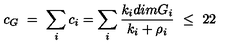
c _ { G } \ = \ \sum _ { i } c _ { i } = \sum _ { i } { \frac { k _ { i } d i m G _ { i } } { k _ { i } + \rho _ { i } } } \ \leq \ 2 2